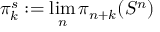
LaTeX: \pi _ { k } ^ { s } : = \operatorname* { l i m } _ { n } \pi _ { n + k } ( S ^ { n } )